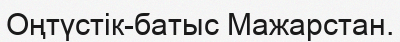
Оңтүстік-батыс Мажарстан.